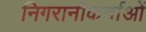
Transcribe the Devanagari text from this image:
निगरानीकर्ताओं